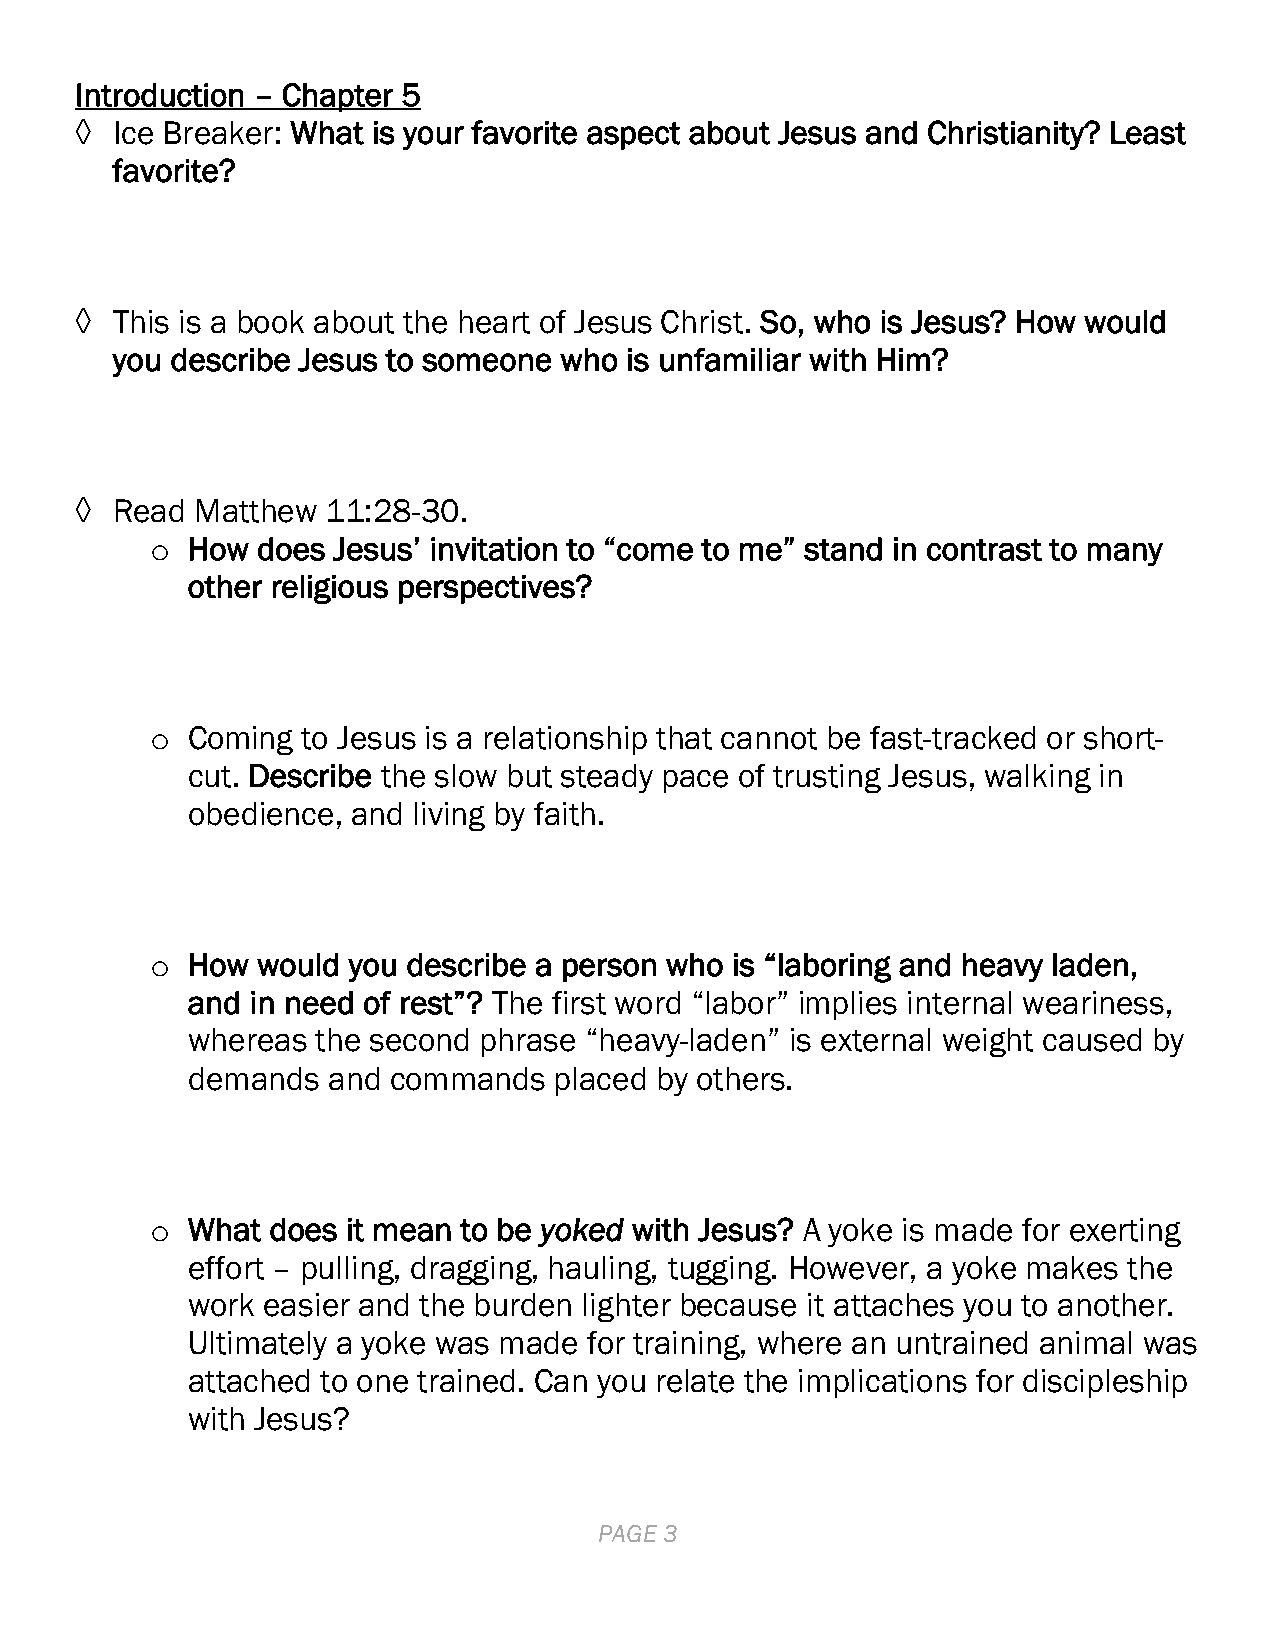
Introduction – Chapter 5
 ◊ Ice Breaker: What is your favorite aspect about Jesus and Christianity? Least
 favorite?
 ◊ This is a book about the heart of Jesus Christ. So, who is Jesus? How would
 you describe Jesus to someone who is unfamiliar with Him?
 ◊ Read  Matthew  11:28-30.
 o How  does Jesus’ invitation to “come to me” stand in contrast to many
 other religious perspectives?
 o Coming  to Jesus is a relationship that cannot be fast-tracked or short-
 cut. Describe the slow but steady pace of trusting Jesus, walking in
 obedience, and living by faith.
 o How  would you describe a person who is “laboring and heavy laden,
 and  in need of rest”? The first word “labor” implies internal weariness,
 whereas  the second phrase “heavy-laden” is external weight caused by
 demands   and commands   placed by others.
 o What  does it mean to be yoked with Jesus? A yoke is made for exerting
 effort – pulling, dragging, hauling, tugging. However, a yoke makes the
 work easier and the burden lighter because it attaches you to another.
 Ultimately a yoke was made for training, where an untrained animal was
 attached to one trained. Can you relate the implications for discipleship
 with Jesus?
 PAGE 3